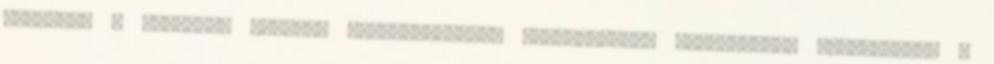
amelyben a vállalat számára megvalósítható input–output kombinációk találhatók. A